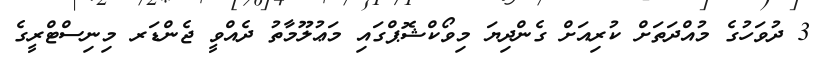
3 ދުވަހުގެ މުއްދަތަށް ކުރިއަށް ގެންދިޔަ މިވޯކްޝޮޕްގައި މަޢުލޫމާތު ދެއްވީ ޖެންޑަރ މިނިސްޓްރީގެ